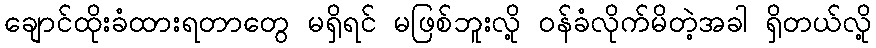
ချောင်ထိုးခံထားရတာတွေ မရှိရင် မဖြစ်ဘူးလို့ ဝန်ခံလိုက်မိတဲ့အခါ ရှိတယ်လို့